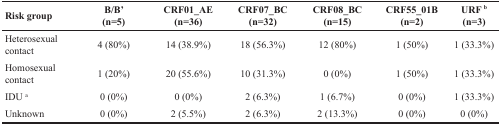
| Risk group | B/B’ (n=5) | CRF01_AE (n=36) | CRF07_BC (n=32) | CRF08_BC (n=15) | CRF55_01B (n=2) | URF b (n=3) |
 | --- | --- | --- | --- | --- | --- | --- |
 | Heterosexual contact | 4 (80%) | 14 (38.9%) | 18 (56.3%) | 12 (80%) | 1 (50%) | 1 (33.3%) |
 | Homosexual contact | 1 (20%) | 20 (55.6%) | 10 (31.3%) | 0 (0%) | 1 (50%) | 1 (33.3%) |
 | IDU a | 0 (0%) | 0 (0%) | 2 (6.3%) | 1 (6.7%) | 0 (0%) | 1 (33.3%) |
 | Unknown | 0 (0%) | 2 (5.5%) | 2 (6.3%) | 2 (13.3%) | 0 (0%) | 0 (0%) |